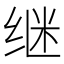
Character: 继